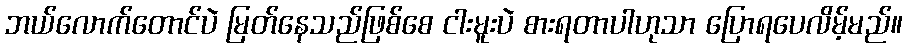
ဘယ်လောက်တောင်ပဲ မြတ်နေသည်ဖြစ်စေ ငါးမူးပဲ စားရတာပါဟုသာ ပြောရပေလိမ့်မည်။